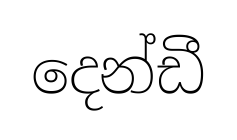
දෙන්ඩී